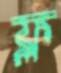
ফ্ল